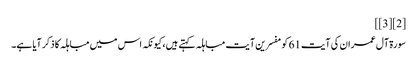
[2][3]]
سورۃ آل عمران کی آیت 61 کو مفسرین آیت مباہلہ کہتے ہیں، کیونکہ اس میں مباہلہ کا ذکر آیا ہے۔